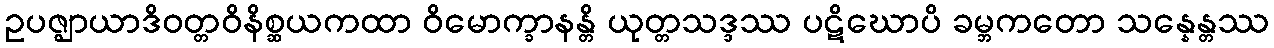
ဥပဇ္ဈာယာဒိဝတ္တဝိနိစ္ဆယကထာ ဝိမောက္ခာနန္တိ ယုတ္တသဒ္ဒဿ ပဋိဃောပိ ခမ္ဘကတော သန္နေန္တဿ